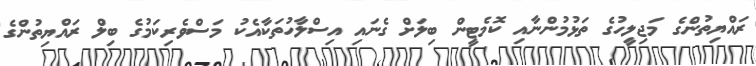
ރައްޔިތުންގެ މަޖިލީހުގެ ތަޅުމުންނާއި ކޮމެޓީން ބިލަށް ގެނައި އިސްލާހުތަކާއެކު މަސްވެރިކަމުގެ ބިލް ރައްޔިތުންގެ